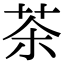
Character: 茶